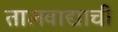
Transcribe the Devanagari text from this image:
तालवाद्याची